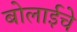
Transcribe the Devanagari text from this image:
बोलाईचे